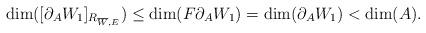
LaTeX: \begin{align*}\dim ([\partial_A W_1 ]_{R_{\overline{W},E}} )\leq \dim (F\partial_A W_1 )= \dim (\partial_A W_1 ) < \dim (A) .\end{align*}